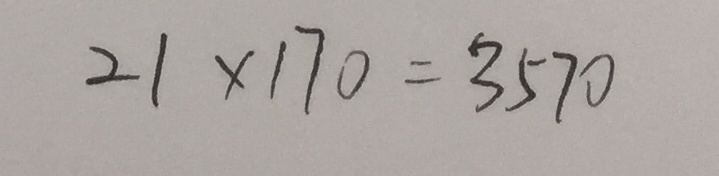
2 1 \times 1 7 0 = 3 5 7 0